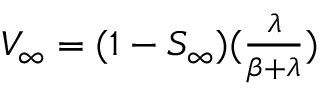
\begin{array} { r } { V _ { \infty } = ( 1 - S _ { \infty } ) ( \frac { \lambda } { \beta + \lambda } ) } \end{array}